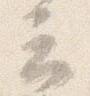
云